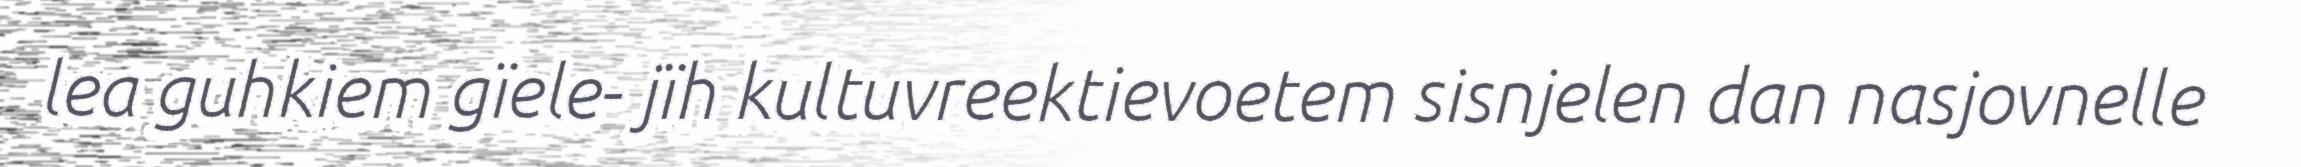
lea guhkiem gïele- jïh kultuvreektievoetem sisnjelen dan nasjovnelle